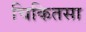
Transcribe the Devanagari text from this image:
चिकितसा